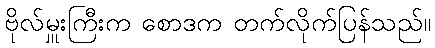
ဗိုလ်မှူးကြီးက စောဒက တက်လိုက်ပြန်သည်။